Report on the working of the Ranchi Indian Mental Hospital, Kanke, in Bihar and Orissa - 1930-1940
Year: 1930
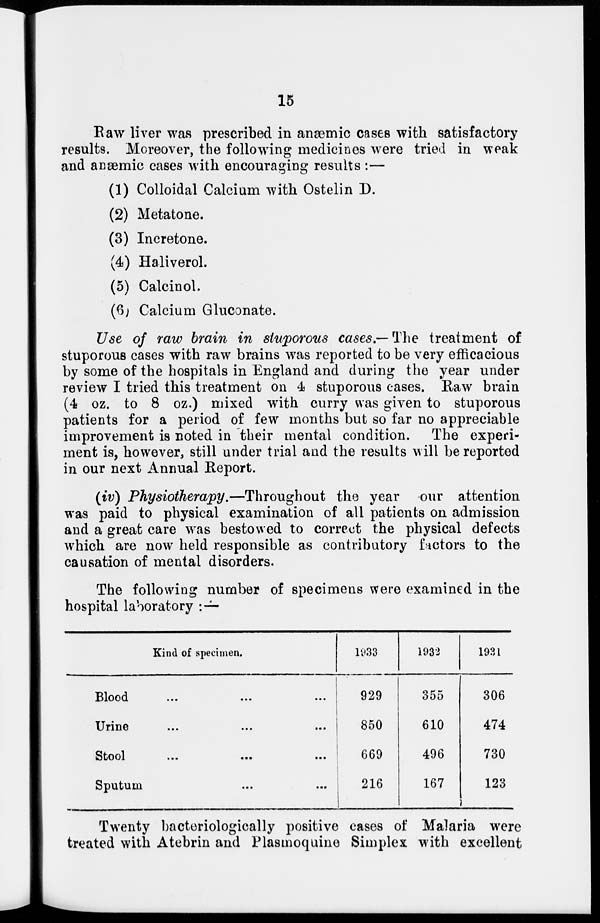
15
Raw liver was prescribed in anæmic cases with satisfactory
results. Moreover, the following medicines were tried in weak
and anæmic cases with encouraging results :—
(1) Colloidal Calcium with Ostelin D.
(2) Metatone.
(3) Incretone.
(4) Haliverol.
(5) Calcinol.
(6) Calcium Gluconate.
Use of raw brain in stuporous cases.— The treatment of
stuporous cases with raw brains was reported to be very efficacious
by some of the hospitals in England and during the year under
review I tried this treatment on 4 stuporous cases. Raw brain
(4 oz. to 8 oz.) mixed with curry was given to stuporous
patients for a period of few months but so far no appreciable
improvement is noted in their mental condition. The experi-
ment is, however, still under trial and the results will be reported
in our next Annual Report.
(iv) Physiotherapy.—Throughout the year our attention
was paid to physical examination of all patients on admission
and a great care was bestowed to correct the physical defects
which are now held responsible as contributory factors to the
causation of mental disorders.
The following number of specimens were examined in the
hospital laboratory : —
Kind of specimen.
Blood ... ... ...
Urine ... ... ...
Stool ... ... ...
Sputum ... ...
1933
929
850
669
216
1932
355
610
496
167
1931
306
474
730
123
Twenty bacteriologically positive cases of Malaria were
treated with Atebrin and Plasmoquine Simplex with excellent